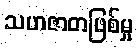
သဟဇာတဖြစ်မှု